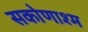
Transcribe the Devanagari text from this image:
सकोणाश्म